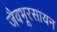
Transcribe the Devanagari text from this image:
जैवभूरसायन